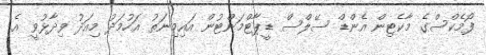
ފޯމެކްސްގެ މާކެޓިން އެންޑް ސޭލްސް ޑީޕާޓްމަންޓުން އައިމިނަތު އަހުމަދު މިއަދު ވިދާޅުވީ އެ